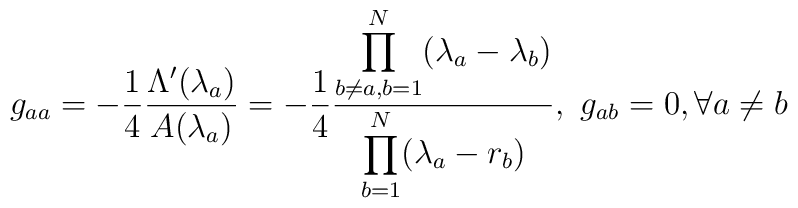
g_{aa}=-\frac{1}{4}\frac{\Lambda'(\lambda_a)}{A(\lambda_a)}=-\frac{1}{4}\frac{\displaystyle \prod_{b\neq a,b=1}^N(\lambda_a-\lambda_b)}{\displaystyle \prod_{b=1}^N(\lambda_a-r_b)},\ g_{ab}=0, \forall a\neq b